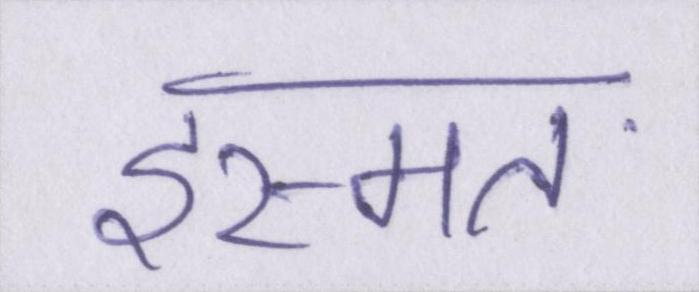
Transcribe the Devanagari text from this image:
इस्मत